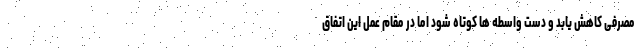
مصرفی کاهش یابد و دست واسطه ها کوتاه شود اما در مقام عمل این اتفاق